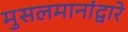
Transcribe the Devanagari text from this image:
मुसलमानांद्वारे